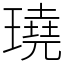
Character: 𤩊